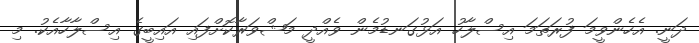
ދަނީ. އެހެންވީމަ ފުރަތަމަ އިސްލާހު އަޅުގަނޑުމެން ވެއްދީ މަޝްވަރާކޮށްފައި އައިބީގެ އިސްލާހާއެކު. މި